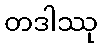
တဒါဿု